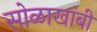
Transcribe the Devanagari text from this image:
सोळाखांबी